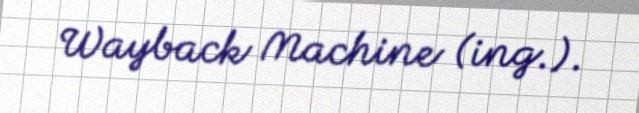
Wayback Machine (ing.).